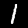
Digit: 1